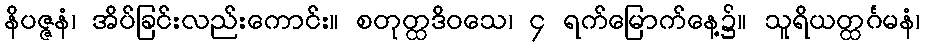
နိပဇ္ဇနံ၊ အိပ်ခြင်းလည်းကောင်း။ စတုတ္ထဒိဝသေ၊ ၄ ရက်မြောက်နေ့၌။ သူရိယတ္ထင်္ဂမနံ၊